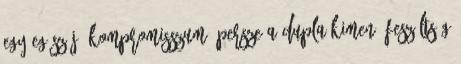
egy egész jó kompromisszum. Persze a dupla kimenõ feszültség